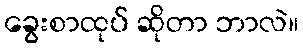
ခွေးစာထုပ် ဆိုတာ ဘာလဲ။